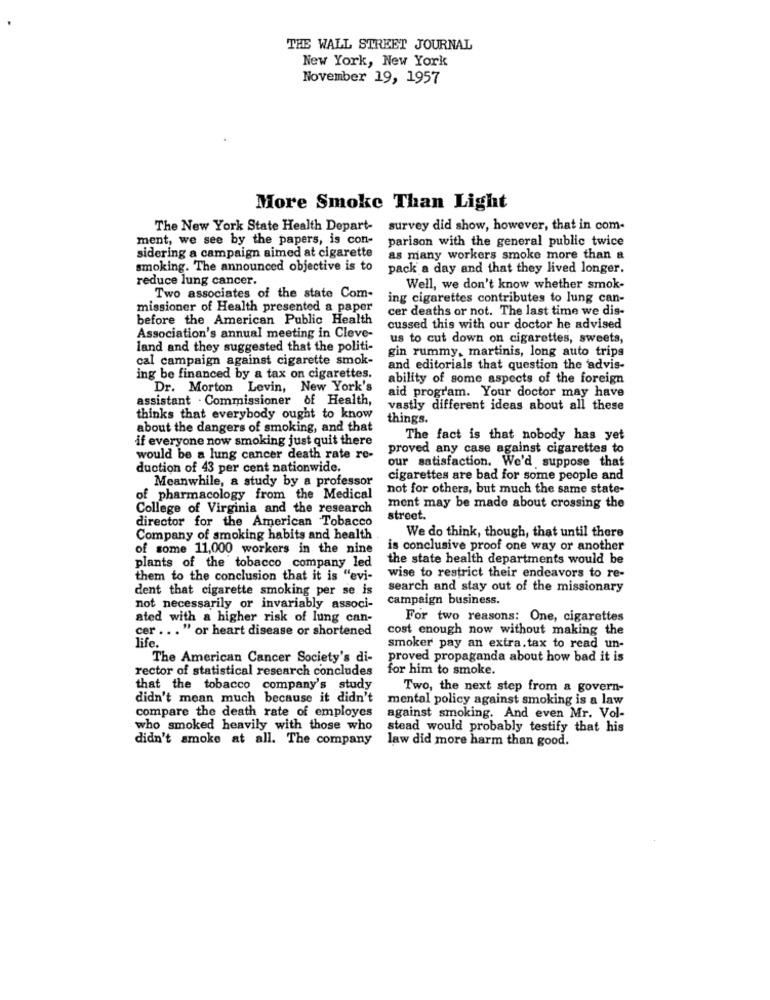
THE WALL STREET JOURNAL
New York, New York
November 19, 1957
More Smoke Than Light
The New York State Health Depart-
survey did show, however, that in com-
ment, we see by the papers, is con-
parison with the general public twice
sidering a campaign aimed at cigarette
as many workers smoke more than a
smoking. The announced objective is to
pack a day and that they lived longer.
reduce lung cancer.
Well, we don't know whether smok-
Two associates of the state Com-
ing cigarettes contributes to lung can-
missioner of Health presented a paper
cer deaths or not. The last time we dis-
before the American Public Health
cussed this with our doctor he advised
Association's annual meeting in Cleve-
us to cut down on cigarettes, sweets,
land and they suggested that the politi-
gin rummy, martinis, long auto trips
cal campaign against cigarette smok-
and editorials that question the 'advis-
ing be financed by a tax on cigarettes.
ability of some aspects of the foreign
Dr. Morton Levin, New York's
assistant . Commissioner of Health,
aid program. Your doctor may have
vastly different ideas about all these
thinks that everybody ought to know
things.
about the dangers of smoking, and that
if everyone now smoking just quit there
The fact is that nobody has yet
proved any case against cigarettes to
would be a lung cancer death rate re-
duction of 43 per cent nationwide.
our satisfaction. We'd suppose that
Meanwhile, a study by a professor
cigarettes are bad for some people and
not for others, but much the same state-
of pharmacology from the Medical
College of Virginia and the research
ment may be made about crossing the
director for the American Tobacco
street.
Company of smoking habits and health
We do think, though, that until there
of some 11,000 workers in the nine
is conclusive proof one way or another
the state health departments would be
plants of the tobacco company led
them to the conclusion that it is "evi-
wise to restrict their endeavors to re-
dent that cigarette smoking per se is
search and stay out of the missionary
campaign business.
not necessarily or invariably associ-
ated with a higher risk of lung can-
For two reasons: One, cigarettes
cer ... " or heart disease or shortened
cost enough now without making the
life.
smoker pay an extra.tax to read un-
The American Cancer Society's di-
proved propaganda about how bad it is
rector of statistical research concludes
for him to smoke.
that the tobacco company's study
Two, the next step from a govern-
didn't mean much because it didn't
mental policy against smoking is a law
compare the death rate of employes
against smoking. And even Mr. Vol-
who smoked heavily with those who
stead would probably testify that his
didn't smoke at all. The company
law did more harm than good.